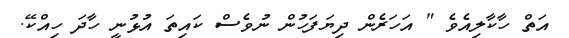
އަތް ހާކާލިއެވެ " އަހަރެން ދިޔަފަހުން ނުވެސް ކައިތަ އުޅުނީ ހާދަ ހިއްކޭ.